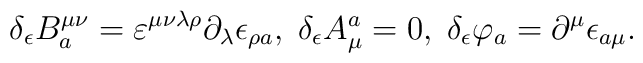
\delta _\epsilon B_a^{\mu \nu }=\varepsilon ^{\mu \nu \lambda \rho}\partial _\lambda \epsilon _{\rho a},\;\delta _\epsilon A_\mu ^a=0,\;\delta_\epsilon \varphi _a=\partial ^\mu \epsilon _{a\mu }.